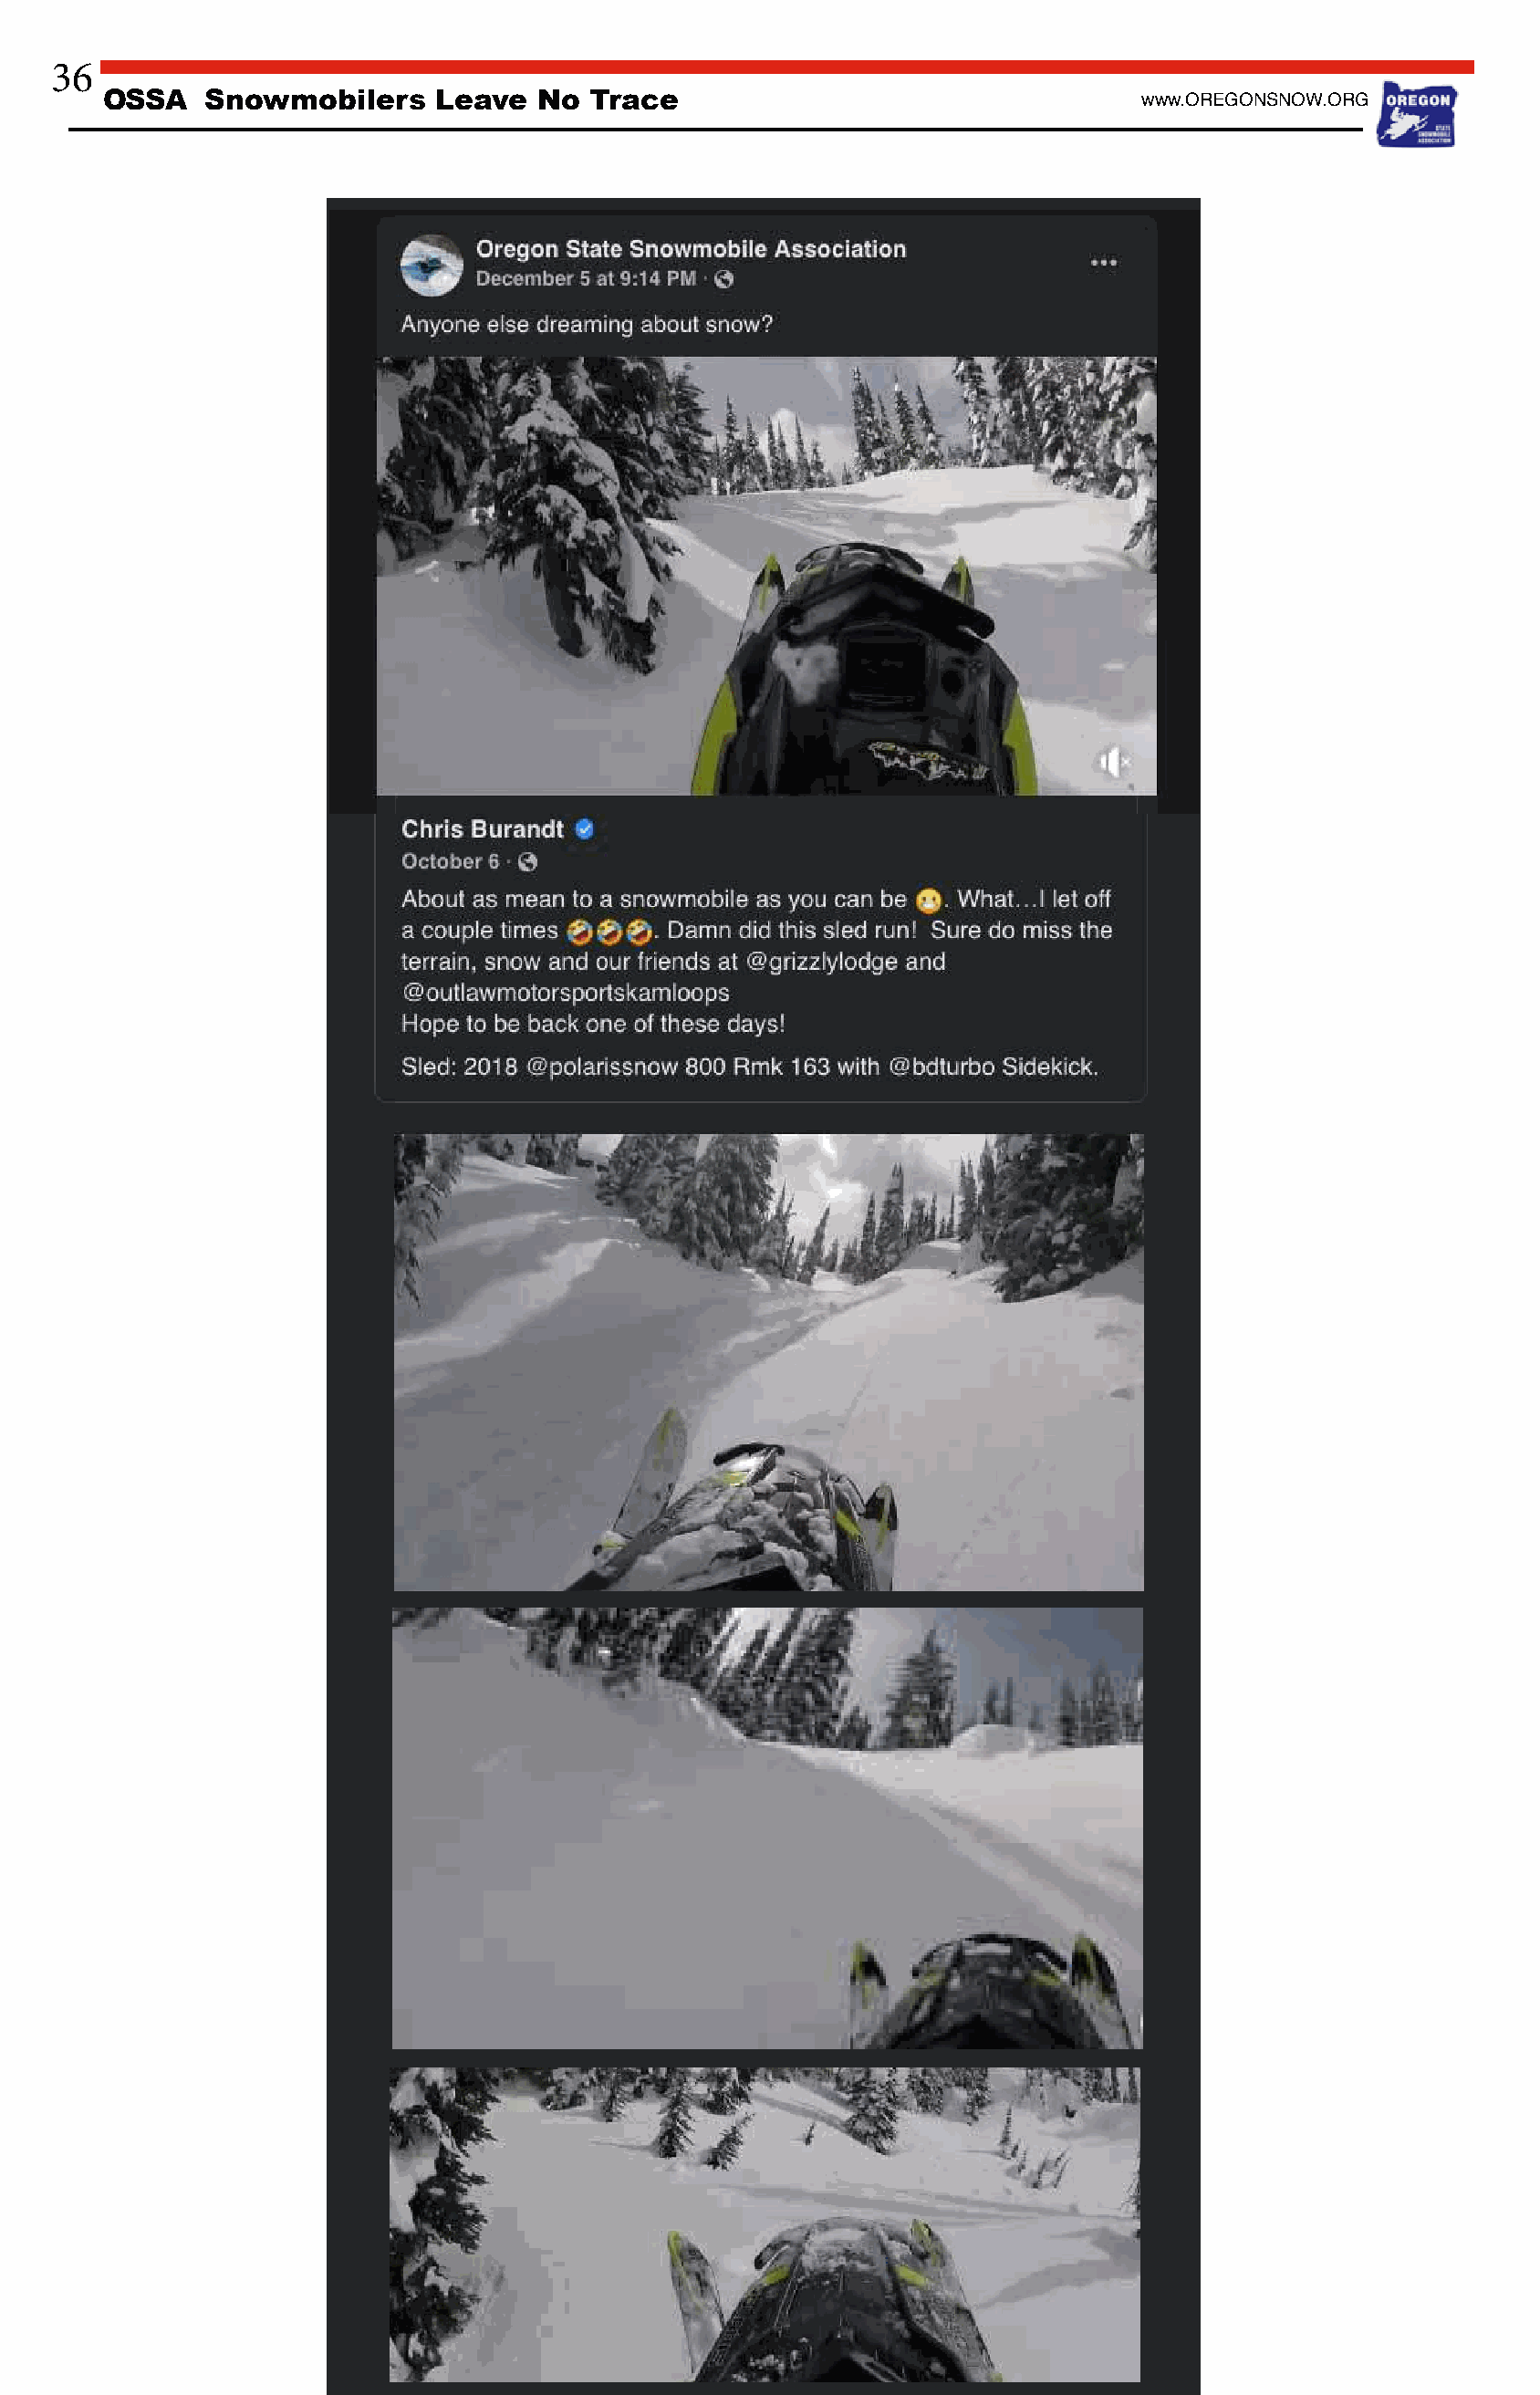
36
 OSSA    Snowmobilers     Leave  No  Trace                                   www.OREGONSNOW.ORG